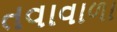
તવાવાળા